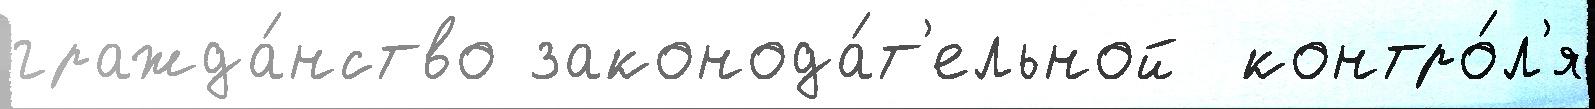
гражда́нство законода́т'ельной  контро́л'я